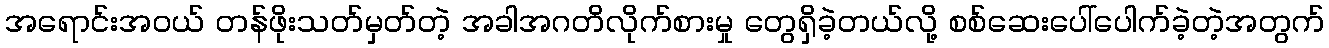
အရောင်းအဝယ် တန်ဖိုးသတ်မှတ်တဲ့ အခါအဂတိလိုက်စားမှု တွေရှိခဲ့တယ်လို့ စစ်ဆေးပေါ်ပေါက်ခဲ့တဲ့အတွက်